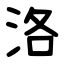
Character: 洛